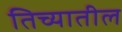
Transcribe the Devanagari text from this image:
तिच्‍यातील